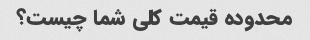
محدوده قیمت کلی شما چیست؟